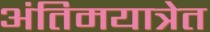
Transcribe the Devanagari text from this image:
अंतिमयात्रेत